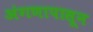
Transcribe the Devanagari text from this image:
अंगणापासून